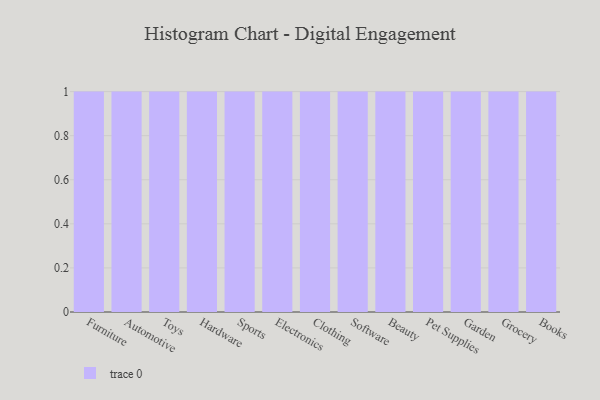
{"axis": {"x": "Category", "y": "Humidity (%)"}, "legend": [""], "data": [{"x": "Furniture", "y": 73, "type": ""}, {"x": "Automotive", "y": 47, "type": ""}, {"x": "Toys", "y": 34, "type": ""}, {"x": "Hardware", "y": 12, "type": ""}, {"x": "Sports", "y": 90, "type": ""}, {"x": "Electronics", "y": 13, "type": ""}, {"x": "Clothing", "y": 45, "type": ""}, {"x": "Software", "y": 3, "type": ""}, {"x": "Beauty", "y": 84, "type": ""}, {"x": "Pet Supplies", "y": 94, "type": ""}, {"x": "Garden", "y": 55, "type": ""}, {"x": "Grocery", "y": 92, "type": ""}, {"x": "Books", "y": 39, "type": ""}]}